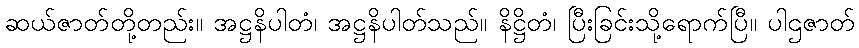
ဆယ်ဇာတ်တို့တည်း။ အဋ္ဌနိပါတံ၊ အဋ္ဌနိပါတ်သည်။ နိဋ္ဌိတံ၊ ပြီးခြင်းသို့ရောက်ပြီ။ ပါဌဇာတ်